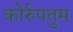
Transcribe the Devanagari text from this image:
कोर्रुपतुम